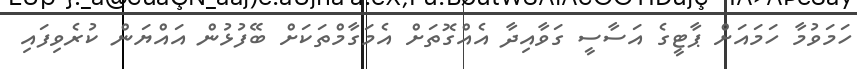
ހަމަވުމާ ހަމައަށް ޕާޓީގެ އަސާސީ ގަވާއިދާ އެއްގޮތަށް އެމަގާމްތަކަށް ބޭފުޅުން އައްޔަން ކުރެވިފައި